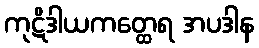
ကုဋိဒါယကတ္ထေရ အပဒါန